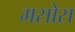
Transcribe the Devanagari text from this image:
मसोस